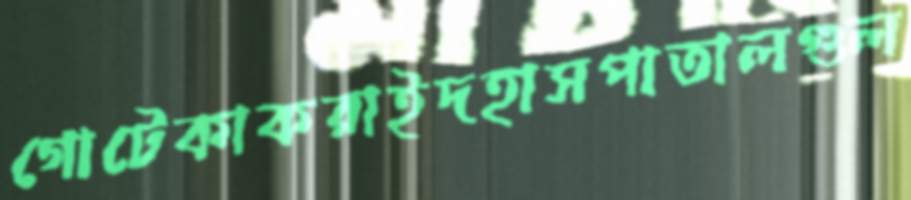
গোটেকাকরাইদহাসপাতালগুল